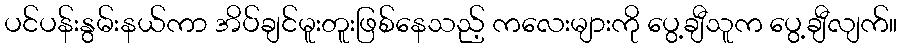
ပင်ပန်းနွမ်းနယ်ကာ အိပ်ချင်မူးတူးဖြစ်နေသည့် ကလေးများကို ပွေ့ချီသူက ပွေ့ချီလျက်။